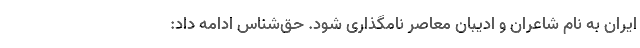
ایران به نام شاعران و ادیبان معاصر نامگذاری شود. حق‌شناس ادامه داد: